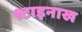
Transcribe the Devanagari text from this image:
श्टाइनाख